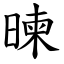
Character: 暕